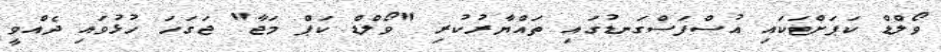
ވޯލްޑް ކަޕަށްޓަކައި އުސްފަަސްގަނޑުގައި ތައްޔާރުކުރި "ވޯލްޑް ކަޕް މަޖާ" ޖަގަހަ ހުޅުވައި ދެއްވީ